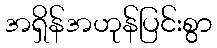
အရှိန်အဟုန်ပြင်းစွာ